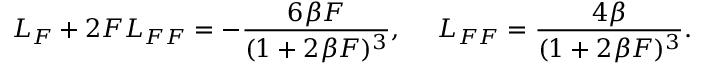
{ \cal L } _ { \cal F } + 2 { \cal F } { \cal L } _ { { \cal F } { \cal F } } = - \frac { 6 \beta { \cal F } } { ( 1 + 2 \beta { \cal F } ) ^ { 3 } } , ~ ~ ~ ~ { \cal L } _ { { \cal F } { \cal F } } = \frac { 4 \beta } { ( 1 + 2 \beta { \cal F } ) ^ { 3 } } .